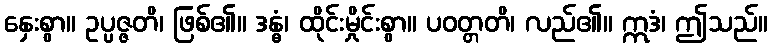
နှေးစွာ။ ဥပ္ပဇ္ဇတိ၊ ဖြစ်၏။ ဒန္ဓံ၊ ထိုင်းမှိုင်းစွာ။ ပဝတ္တတိ၊ လည်၏။ ဣဒံ၊ ဤသည်။